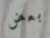
بعض